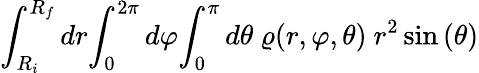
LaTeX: \int_{R_{i}}^{R_{f}}{dr}{\int_{0}^{2\pi}{d\varphi}{\int_{0}^{\pi}{d\theta}{\ \varrho{(r,\varphi,\theta)}\ r^{2}\sin{(\theta)}}}}